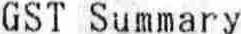
GST SUMMARY